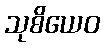
သုစိယေဝ